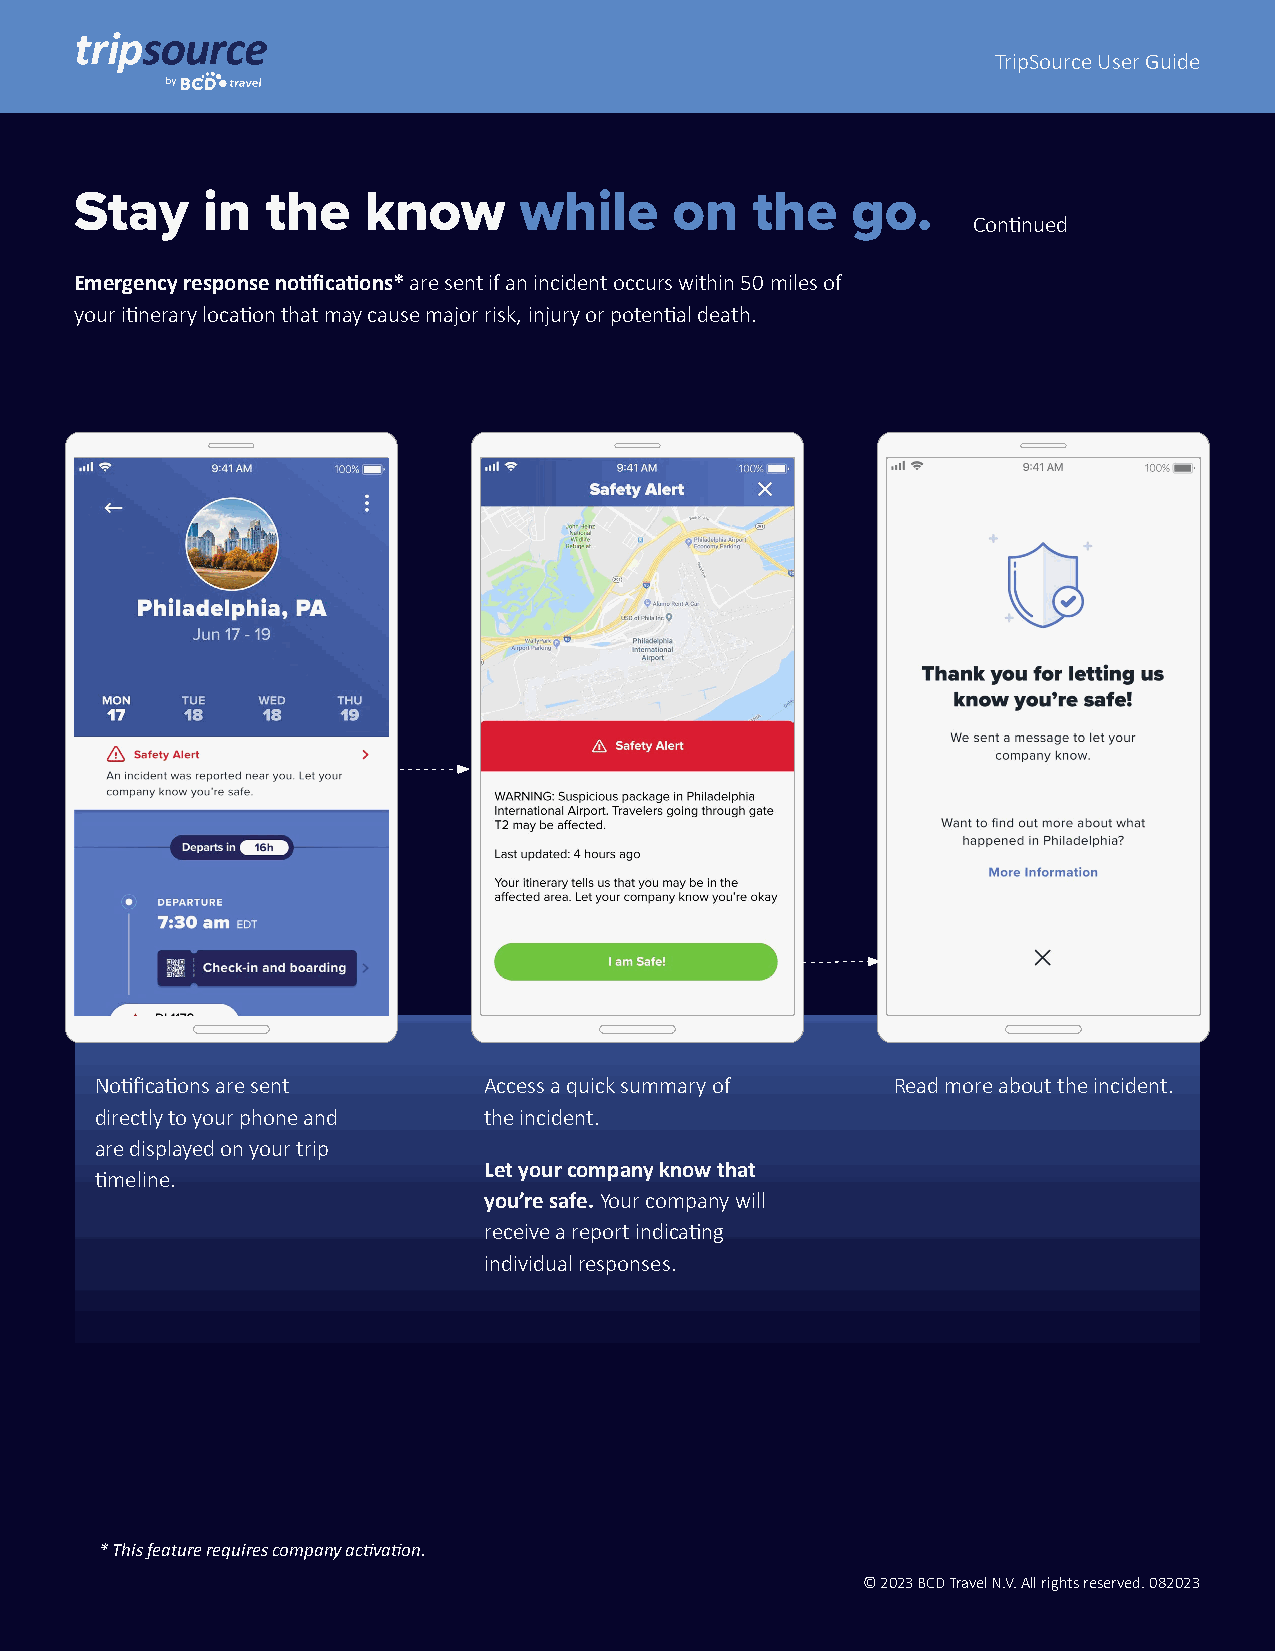
TripSource User Guide
 Stay    in   the   know      while      on   the   go.
 Continued
 Emergency response notifications* are sent if an incident occurs within 50 miles of
 your itinerary location that may cause major risk, injury or potential death.
 Notifications are sent    Access a quick summary of  Read more about the incident.
 directly to your phone and the incident.
 are displayed on your trip
 Let your company know that
 timeline.
 you’re safe. Your company will
 receive a report indicating
 individual responses.
 * This feature requires company activation.
 © 2023 BCD Travel N.V. All rights reserved. 082023